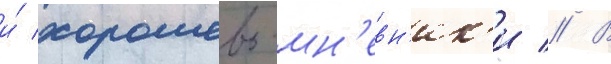
и́ хорошево-мн'евн'ик'и // В